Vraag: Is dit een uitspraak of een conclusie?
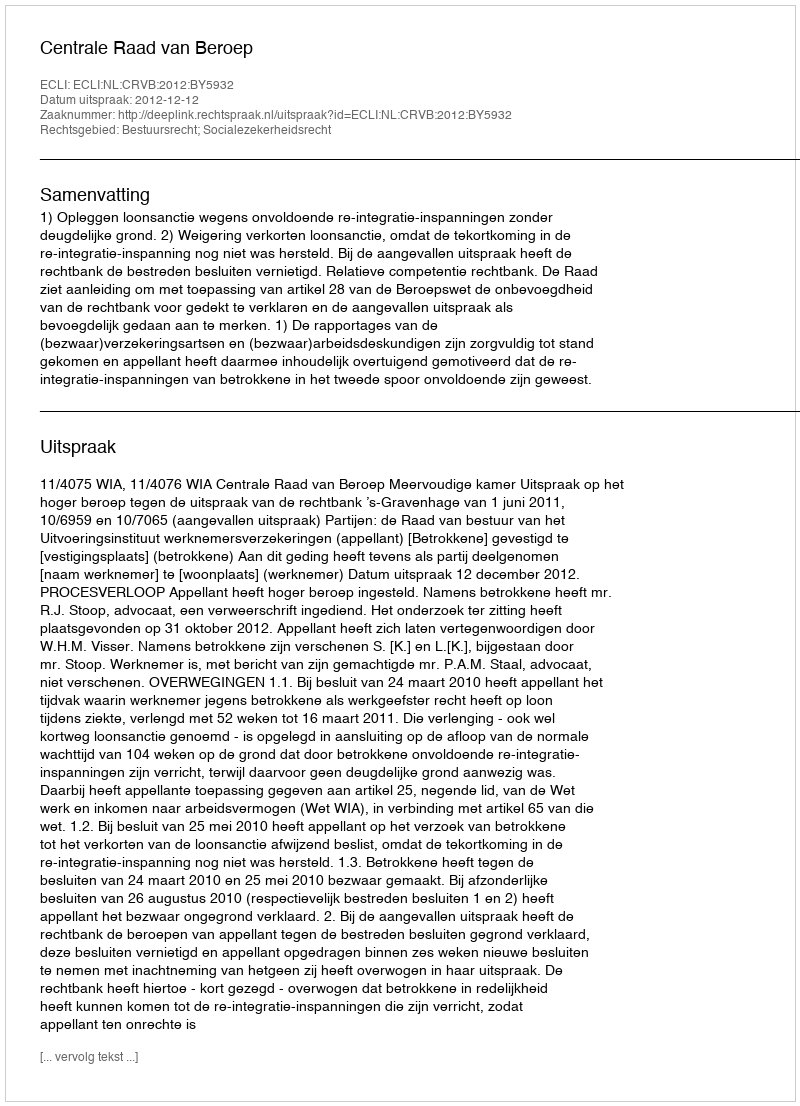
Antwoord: Uitspraak